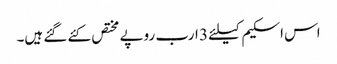
اس اسکیم کیلئے 3 ارب روپے مختص کئے گئے ہیں۔